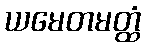
ယမေတမတ္ထံ